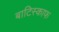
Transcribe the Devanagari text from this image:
बाटिस्काफ